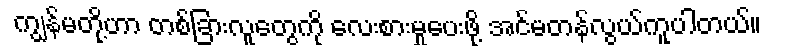
ကျွန်မတို့ဟာ တစ်ခြားလူတွေကို လေးစားမှုပေးဖို့ အင်မတန်လွယ်ကူပါတယ်။